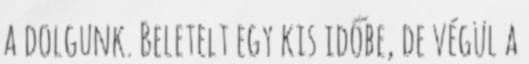
a dolgunk. Beletelt egy kis időbe, de végül a